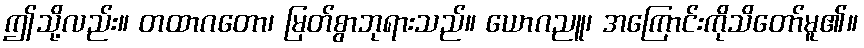
ဤသို့လည်း။ တထာဂတော၊ မြတ်စွာဘုရားသည်။ ယောဂညူ၊ အကြောင်းကိုသိတော်မူ၏။